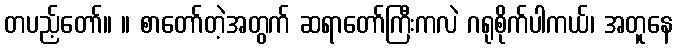
တပည့်တော်။ ။ စာတော်တဲ့အတွက် ဆရာတော်ကြီးကလဲ ဂရုစိုက်ပါကယ်၊ အတူနေ